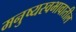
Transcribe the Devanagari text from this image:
मनुष्यस्वभावातील